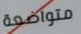
متواضعة